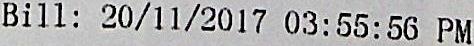
BILL: 20/11/2017 03:55:56 PM